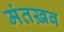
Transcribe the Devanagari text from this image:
मंतख़ब